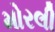
મોરલી